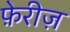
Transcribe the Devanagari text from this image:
फ़ेरीज़